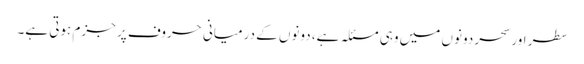
سطر اور سحر دونوں میں وہی مسئلہ ہے، دونوں کے درمیانی حروف پر جزم ہوتی ہے۔